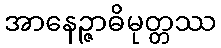
အာနေဉ္ဇာဓိမုတ္တဿ